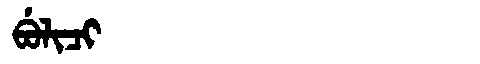
Manchu: ᠪᡠᠯᡳᠴᡳ
Romanization: BULICI